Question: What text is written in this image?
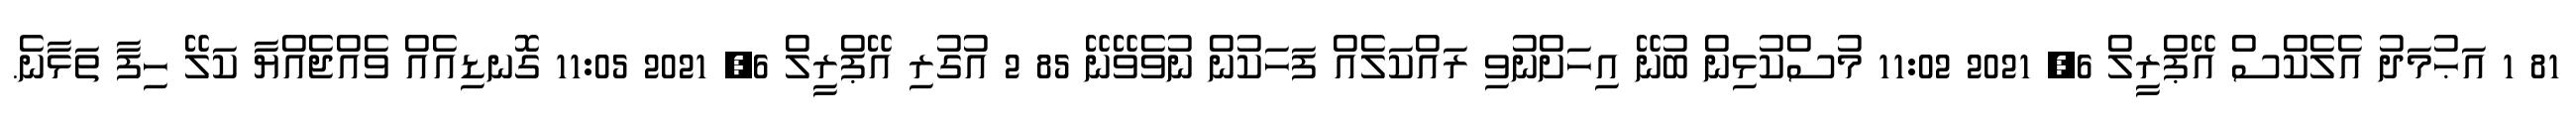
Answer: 81 1 އަޙުމަދު އެލެކްސް އޭޕްރީލް 6, 2021 11:02 މުސްކުޅިން ބުނޭ އިހަށްނުވި ރައްކަލެއް ފަހަކުން ނުވެވޭނޭ 85 2 އުގުރި އޭޕްރީލް 6, 2021 11:05 ގޮނޑިއެއް ވެއްޖެއްޔާ ކަލޭ ހިފާ ތަޅާނެ.